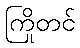
ကြိုတင်